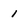
Character: i